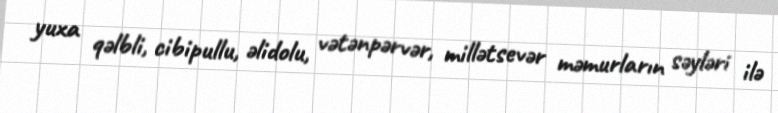
yuxa qəlbli, cibipullu, əlidolu, vətənpərvər, millətsevər məmurların səyləri ilə